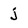
Character: j